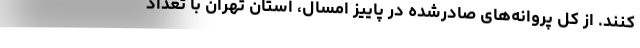
کنند. از کل پروانه‌های صادرشده در پاییز امسال، استان تهران با تعداد